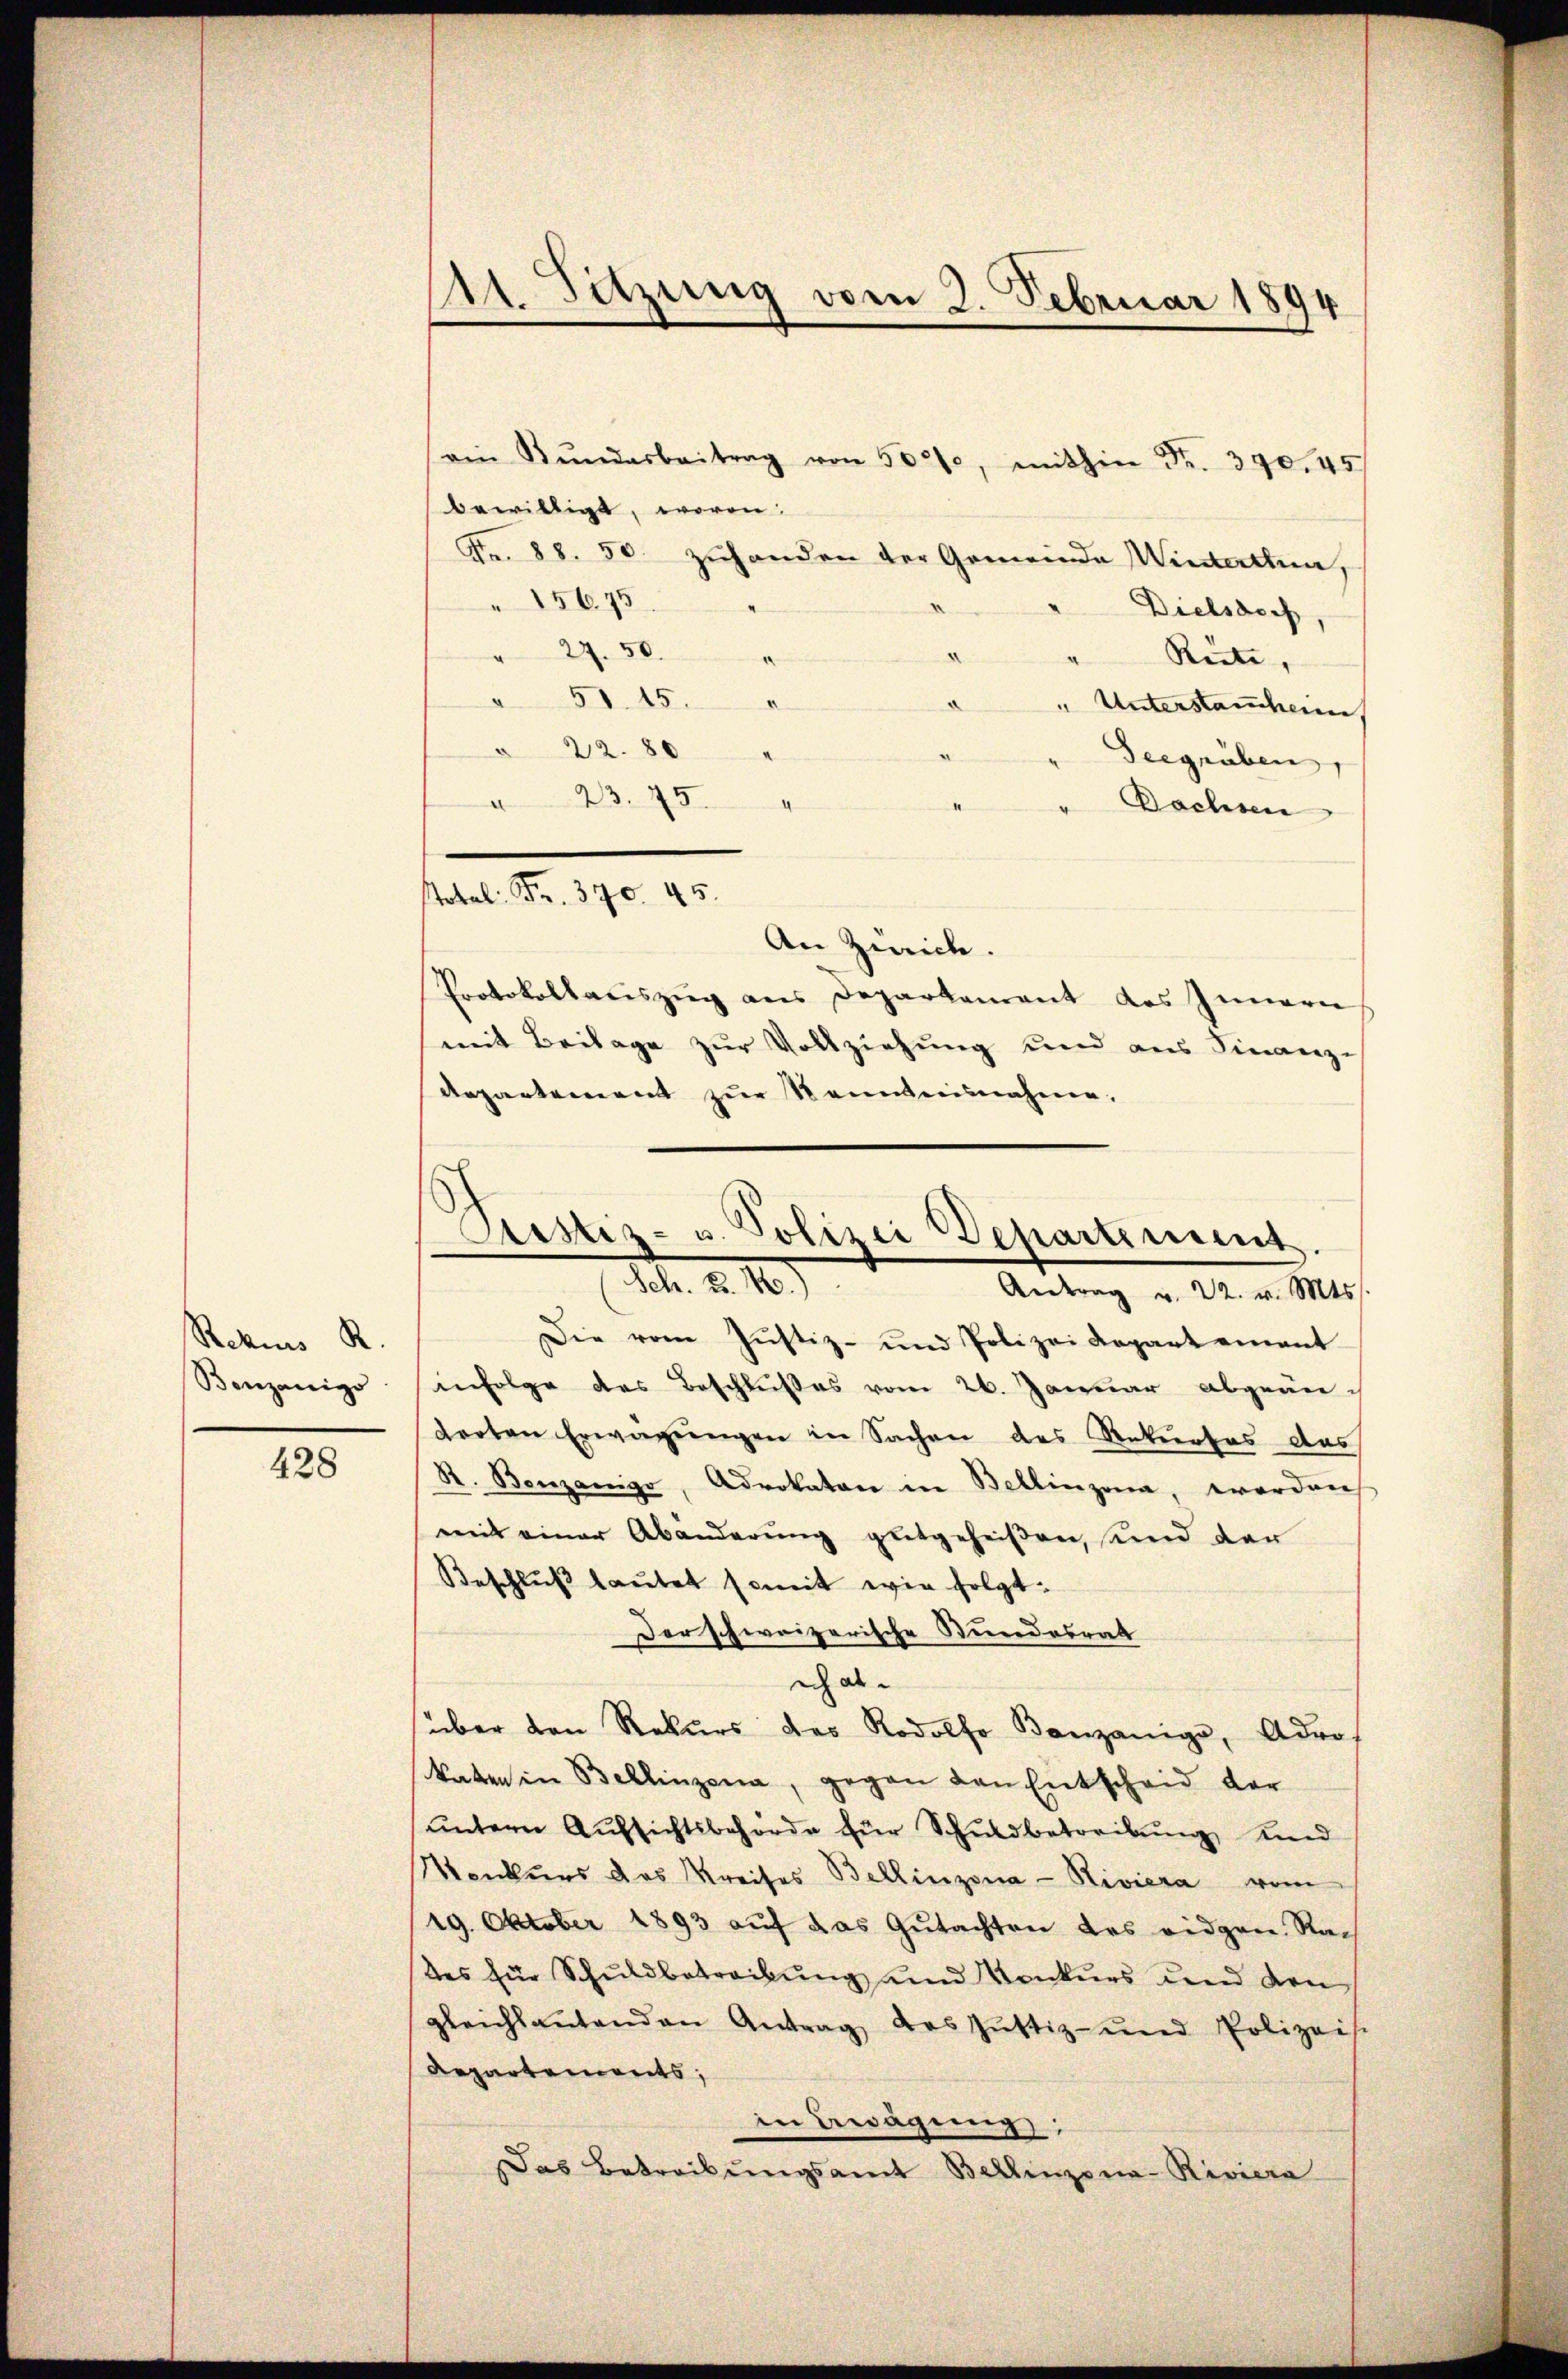
Rekurs R.
Benzanigo

428

1 Sitzung vom 3. Februar 1894

ein Kŭndarbeitrag von 502, mithin Fr. 390. 45
bewilligt, worin
Fr. 88. 50 zuhanden der Gemeinde Wintertina,
15675
Dielsdoch,
" 27. 50.
d
Reite,
" 51. 15.
.
" Unterstammheimn
§ 22. 80
Seegräben,
" 23. 754
Bachsen
Total. Fr. 370. 45.
An Zürich.
Protokollauszug aus Departement des Innern
mit Beilage zur Vollziehung und aus Finanz-
Repartement zur Kenntnisnahme,

ustiz- u. Polizei Departement.
Mt. d. 1807
Antrag u. 22. v. Mts.

Die vom Justiz- und Polizei Kopart einant
infolge des Beschlußes vom 26. Januar abgeäntorten Erwägungen in Sachen des Rekurses das
R. Benzanige, Advokaten in Bellinzona, worden
mit einer Abänderung gutgeheißen, und der
Beschlŭβ lautet somit wie folgt:
Der schweizerische Stundesrath
ich ab
über den Rekŭrs des Rodolf Kanzanige, Adros
katen in Bellinzona, gegen den Entscheid der
ŭntern Aŭfsichtsbehörde für Schuldbetreibŭng und
Venkŭrs das Kreises Bellinzona - Riviera vom
19. Oktober 1893 aŭf das Gŭtachten des eidgen. Nach
des für Schuldbetreibung und Konkurs und den
gleichsantenden Antrag des Jŭstiz- und Polizeis
Repartements;
in Bewägung:
Das Betreibŭngsamt Bellinzona-Riviera